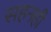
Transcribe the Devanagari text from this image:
सहनही